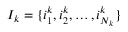
I _ { k } = \{ i _ { 1 } ^ { k } , i _ { 2 } ^ { k } , \ldots , i _ { N _ { k } } ^ { k } \}